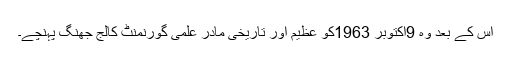
اس کے بعد وہ 9اکتوبر 1963کو عظیم اور تاریخی مادر علمی گورنمنٹ کالج جھنگ پہنچے۔